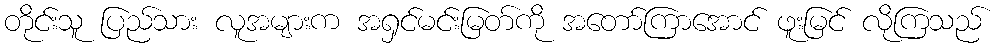
တိုင်းသူ ပြည်သား လူအများက အရှင်မင်းမြတ်ကို အတော်ကြာအောင် ဖူးမြင် လိုကြသည်